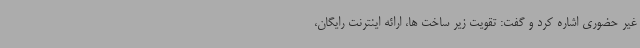
غیر حضوری اشاره کرد و گفت: تقویت زیر ساخت ها، ارائه اینترنت رایگان،